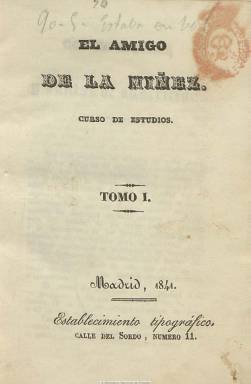
Título: El Amigo de la niñez
Colección: Revistas infantiles || Educación
Ámbito geográfico: Madrid
Lugar de publicación: Madrid
Fechas: 02/01/1841-26/03/1842

Semanario (salía los sábados) dedicado íntegramente a contenidos de tipo didáctico dirigido a la instrucción y enseñanza y educación infantil y juvenil. Esta prensa tiene su antecedente en España con Gaceta de los niños (1798) y Minerva de la juventud (1833-1835), y con este título se inicia una eclosión de publicaciones periódicas de este carácter precisamente en la década de los cuarenta del siglo XIX. El amigo de la niñez publica su primer número el dos enero de 1841, y el 64 y último el 26 de marzo de 1842, de 16 páginas cada uno, y con la inclusión de algunos grabados, siendo estampado en varias imprentas, entre ellas las establecidas en las calles madrileñas del Sordo y del Barco y en la de Mellado. Su editor fue el denominado Gabinete Literario instalado en la calle del Príncipe, del que no se conocen más datos sobre el mismo.

Sus páginas insertan legislación sobre instrucción pública, textos de nuevos métodos de enseñanza, bibliografía especializada sobre estos asuntos, “lecciones” variadas sobre religión, moral, historia natural, física, historia y geografía española, zoología y de otros asuntos útiles y curiosos, sí como historias morales y divertidas y hasta sucesos, para promover “buenos hábitos morales y sociales” en los lectores. Se suscribía en Madrid y provincias. Su colección la forman cinco tomos, con paginación anual continuada. Su prospecto es de uno de enero de 1841.